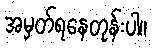
အမှတ်ရနေတုန်းပါ။